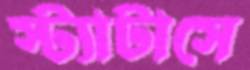
স্ট্যাটাসে